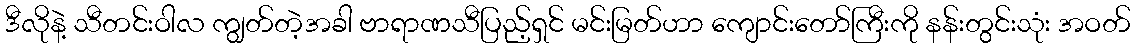
ဒီလိုနဲ့ သီတင်းဝါလ ကျွတ်တဲ့အခါ ဗာရာဏသီပြည့်ရှင် မင်းမြတ်ဟာ ကျောင်းတော်ကြီးကို နန်းတွင်းသုံး အဝတ်